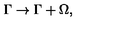
\Gamma \rightarrow \Gamma + \Omega ,